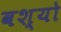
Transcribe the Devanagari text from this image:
वश्यो